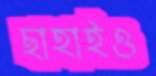
ছাহাইও